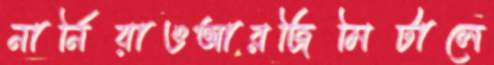
নার্নিয়াওআরজিমিটালে